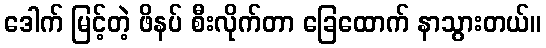
ဒေါက် မြင့်တဲ့ ဖိနပ် စီးလိုက်တာ ခြေထောက် နာသွားတယ်။